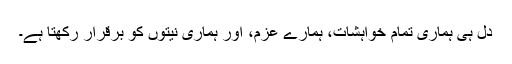
دل ہی ہماری تمام خواہشات، ہمارے عزم، اور ہماری نیتوں کو برقرار رکھتا ہے۔